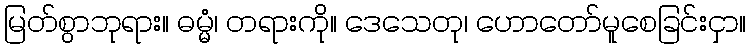
မြတ်စွာဘုရား။ ဓမ္မံ၊ တရားကို။ ဒေသေတု၊ ဟောတော်မူစေခြင်းငှာ။